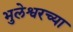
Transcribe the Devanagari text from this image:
भुलेश्वरच्या